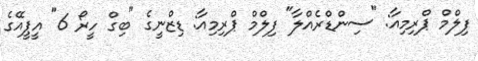
ފިލްމް ޕްރިމިއާ: "ސިންޑްރެއްލާ" ފިލްމް ޕްރިމިއާ: ޑިޒްނީގެ "ބިގް ހީރޯ 6" އީޕީއޭގެ